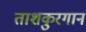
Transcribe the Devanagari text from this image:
ताशकुरगान